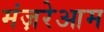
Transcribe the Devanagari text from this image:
मंज़रेआम